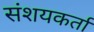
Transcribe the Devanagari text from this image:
संशयकर्ता